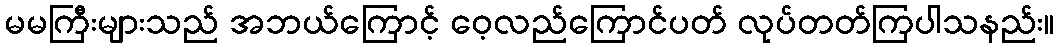
မမကြီးများသည် အဘယ်ကြောင့် ဝေ့လည်ကြောင်ပတ် လုပ်တတ်ကြပါသနည်း။